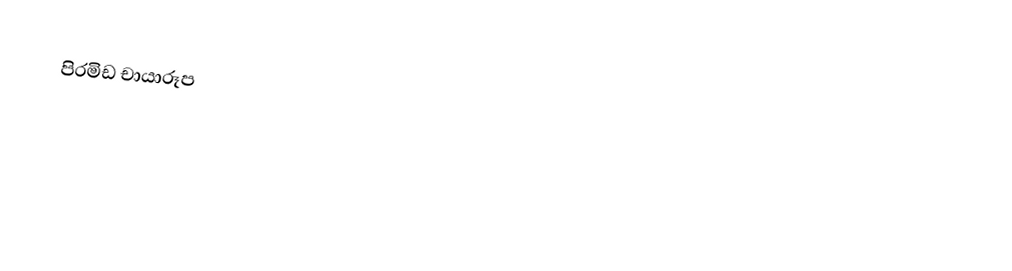
පිරමිඩ චායාරූප